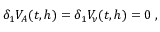
\delta _ { 1 } V _ { A } ( t , h ) = \delta _ { 1 } V _ { \nu } ( t , h ) = 0 \; ,